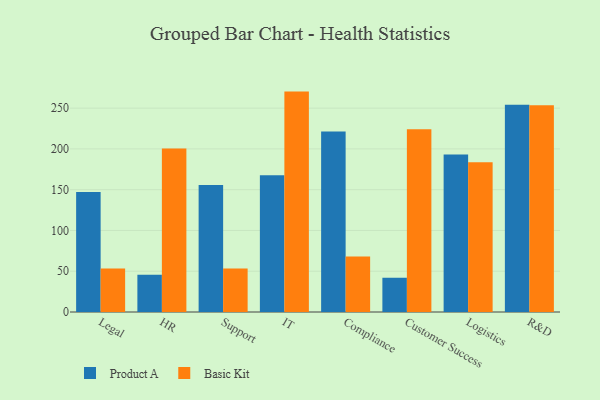
{"axis": {"x": "Department", "y": "Budget (USD K)"}, "legend": ["Basic Kit", "Product A"], "data": [{"x": "Legal", "y": 147.3, "type": "Product A"}, {"x": "Legal", "y": 53.5, "type": "Basic Kit"}, {"x": "HR", "y": 45.8, "type": "Product A"}, {"x": "HR", "y": 200.6, "type": "Basic Kit"}, {"x": "Support", "y": 155.7, "type": "Product A"}, {"x": "Support", "y": 53.5, "type": "Basic Kit"}, {"x": "IT", "y": 167.8, "type": "Product A"}, {"x": "IT", "y": 270.3, "type": "Basic Kit"}, {"x": "Compliance", "y": 221.4, "type": "Product A"}, {"x": "Compliance", "y": 68.0, "type": "Basic Kit"}, {"x": "Customer Success", "y": 42.0, "type": "Product A"}, {"x": "Customer Success", "y": 224.2, "type": "Basic Kit"}, {"x": "Logistics", "y": 193.3, "type": "Product A"}, {"x": "Logistics", "y": 183.6, "type": "Basic Kit"}, {"x": "R&D", "y": 254.2, "type": "Product A"}, {"x": "R&D", "y": 253.7, "type": "Basic Kit"}]}